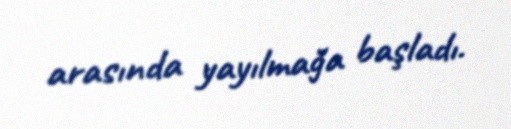
arasında yayılmağa başladı.